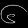
Digit: ၆